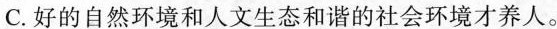
C.好的自然环境和人文生态和谐的社会环境才养人。